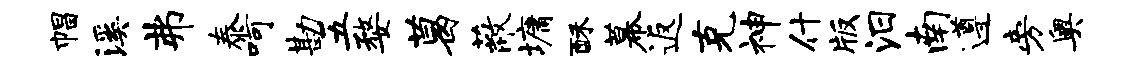
帽溪弗泰呵勘五婺葛蔽墉酥幕返克神什版汨南遵旁奥